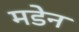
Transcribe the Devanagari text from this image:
मडेन